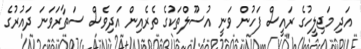
އަދި މަޖިލީހުގެ ރައީސް ފަހުން ވަނީ އުސޫލްތަކުގެ ތެރެއިން އަދިވެސް ސަތާރަވަނަ ދައުރުގެ